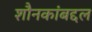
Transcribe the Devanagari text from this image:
शौनकांबद्दल